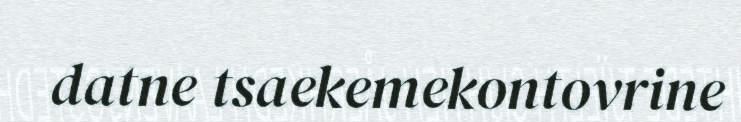
datne tsaekemekontovrine